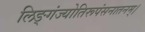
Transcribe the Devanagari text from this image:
लिङ्गंज्योतिरूपंसनातनम्।